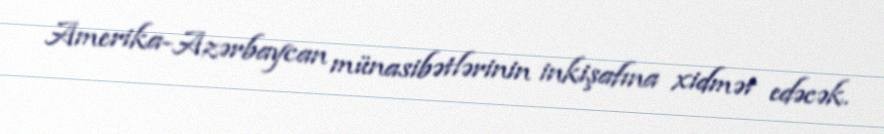
Amerika-Azərbaycan münasibətlərinin inkişafına xidmət edəcək.